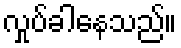
လှုပ်ခါနေသည်။